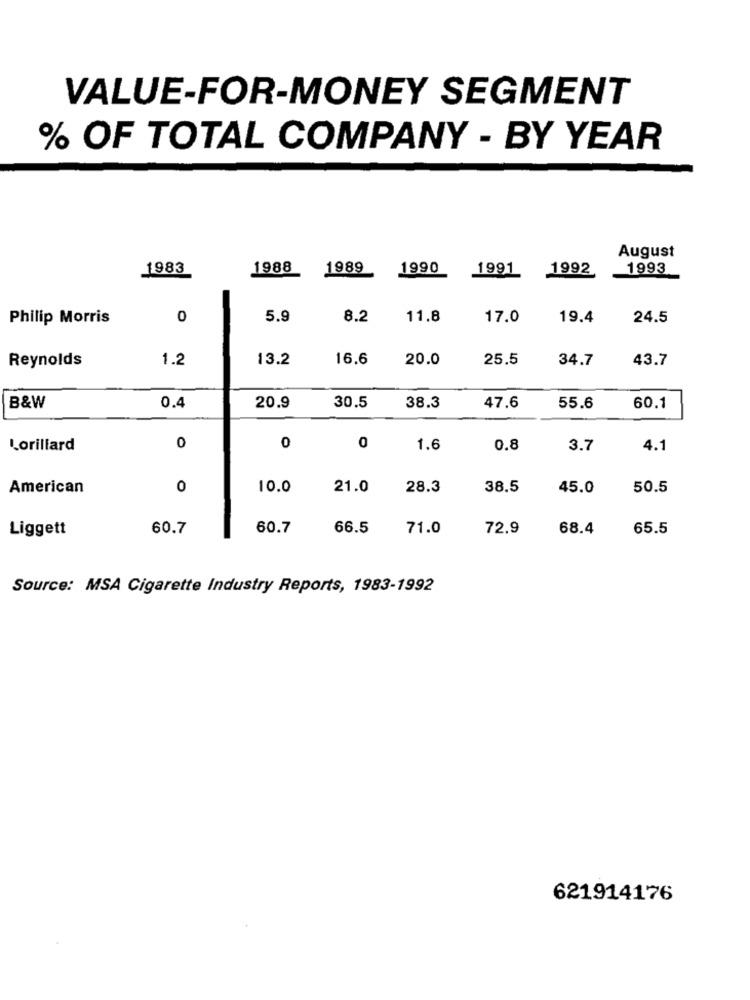
VALUE-FOR-MONEY SEGMENT
% OF TOTAL COMPANY - BY YEAR
August
1983
1988
1989
1990 1991 1992
1993
Philip Morris
0
5.9
8.2
11.8
17.0
19.4
24.5
Reynolds
1.2
13.2
16.6
20.0
25.5
34.7
43.7
B&W
0.4
20.9
30.5
38.3
47.6
55.6
60.1
Lorillard
0
0
0
1.6
0.8
3.7
4.1
American
0
10.0
21.0
28.3
38.5
45.0
50.5
Liggett
60.7
60.7
66.5
71.0
72.9
68.4
65.5
Source: MSA Cigarette Industry Reports, 1983-1992
621914176